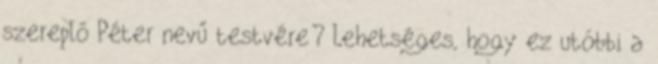
szereplő Péter nevű testvére? Lehetséges, hogy ez utóbbi a